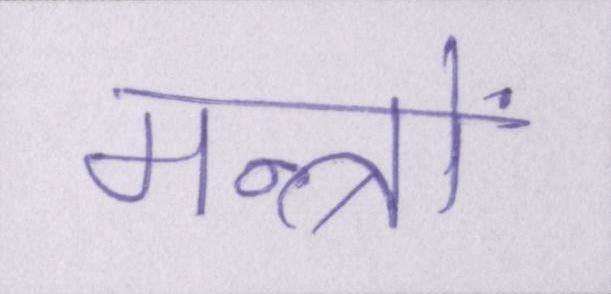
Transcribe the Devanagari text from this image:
मन्त्रों